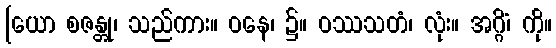
[ယော စဇန္တု၊ သည်ကား။ ဝနေ၊ ၌။ ဝဿသတံ၊ လုံး။ အဂ္ဂိံ၊ ကို။